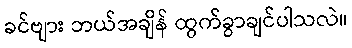
ခင်ဗျား ဘယ်အချိန် ထွက်ခွာချင်ပါသလဲ။